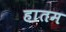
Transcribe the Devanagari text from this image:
हातम